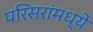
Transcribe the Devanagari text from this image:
परिसरांमध्ये